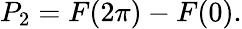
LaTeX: P_{2}=F(2\pi)-F(0).